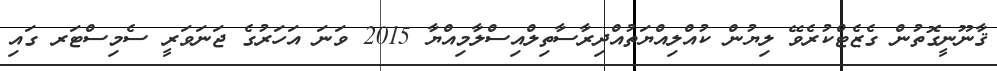
ޤާނޫނީގޮތުން ގެޒެޓްކުރެވޭ ލިޔުން ކުއްލިއްޔަތުއްދިރާސާތިލްއިސްލާމިއްޔާ 2015 ވަނަ އަހަރުގެ ޖަނަވަރީ ސެމިސްޓަރ ގައި